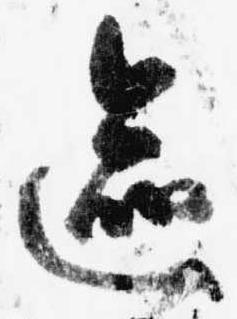
区